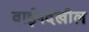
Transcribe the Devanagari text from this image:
वाईनदेखील